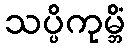
သပ္ပိကုမ္ဘိံ